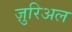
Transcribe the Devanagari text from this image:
ज़ुरिअल